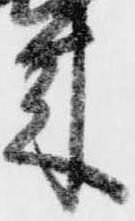
来